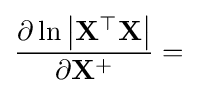
{\frac {\partial \ln \left|\mathbf {X} ^{\top }\mathbf {X} \right|}{\partial \mathbf {X} ^{+}}}=